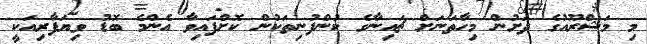
މި މަޝްރޫއުގެ ދަށުން މިހާތަނަށް ޗައިނާގެ ކުންފުނިތަކުން ކޮށްފައިވާ އެންމެ ބޮޑު ވިޔަފާރިއަކީ